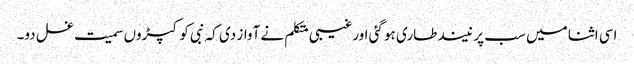
اسی اثنا میں سب پر نیند طاری ہو گئی اورغیبی متکلم نے آواز دی کہ نبی کو کپڑوں سمیت غسل دو۔